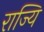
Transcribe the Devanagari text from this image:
राज्यि